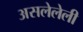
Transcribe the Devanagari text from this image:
असलेलेली